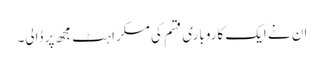
ان نے ایک کاروباری قسم کی مسکراہٹ مجھ پر ڈالی۔